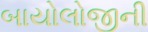
બાયોલોજીની